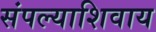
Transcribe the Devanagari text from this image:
संपल्याशिवाय